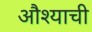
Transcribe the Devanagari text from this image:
औश्याची